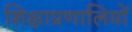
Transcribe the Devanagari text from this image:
शिक्षाप्रणालियों